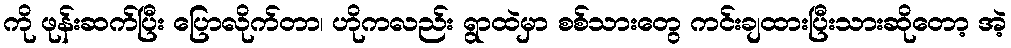
ကို ဖုန်းဆက်ပြီး ပြောလိုက်တာ၊ ဟိုကလည်း ရွာထဲမှာ စစ်သားတွေ ကင်းချထားပြီးသားဆိုတော့ အဲ့